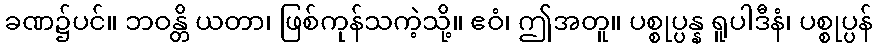
ခဏ၌ပင်။ ဘဝန္တိ ယတာ၊ ဖြစ်ကုန်သကဲ့သို့။ ဧဝံ၊ ဤအတူ။ ပစ္စုပ္ပန္န ရူပါဒီနံ၊ ပစ္စုပ္ပန်